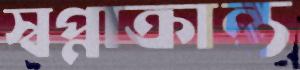
স্বপ্নাক্রান্ত